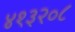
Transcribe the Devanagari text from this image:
४१३२०८